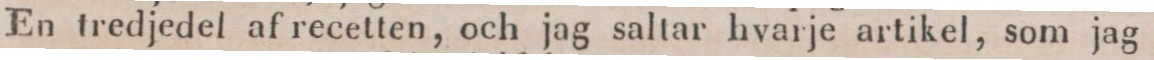
En tredjedel af recetten, och jag saltar hvarje artikel, som jag i